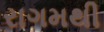
રાગમથી